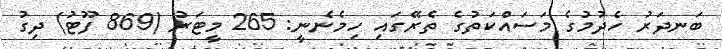
ބަނދަރު ހެދުމުގެ މަސައްކަތުގެ ތެރޭގައި ހިމެނެނީ: 265 މީޓަރު (869 ފޫޓު) ދިގު